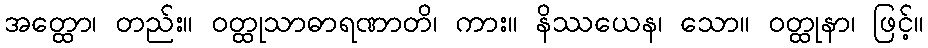
အတ္ထော၊ တည်း။ ဝတ္ထုသာဓာရဏာတိ၊ ကား။ နိဿယေန၊ သော။ ဝတ္ထုနာ၊ ဖြင့်။